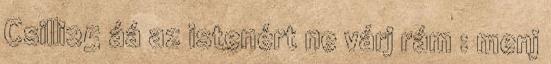
Csilli25 áá az istenért ne várj rám : menj